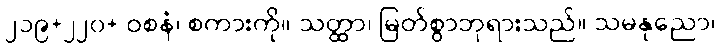
၂၁၉+၂၂၀+ ဝစနံ၊ စကားကို။ သတ္ထာ၊ မြတ်စွာဘုရားသည်။ သမနုညော၊